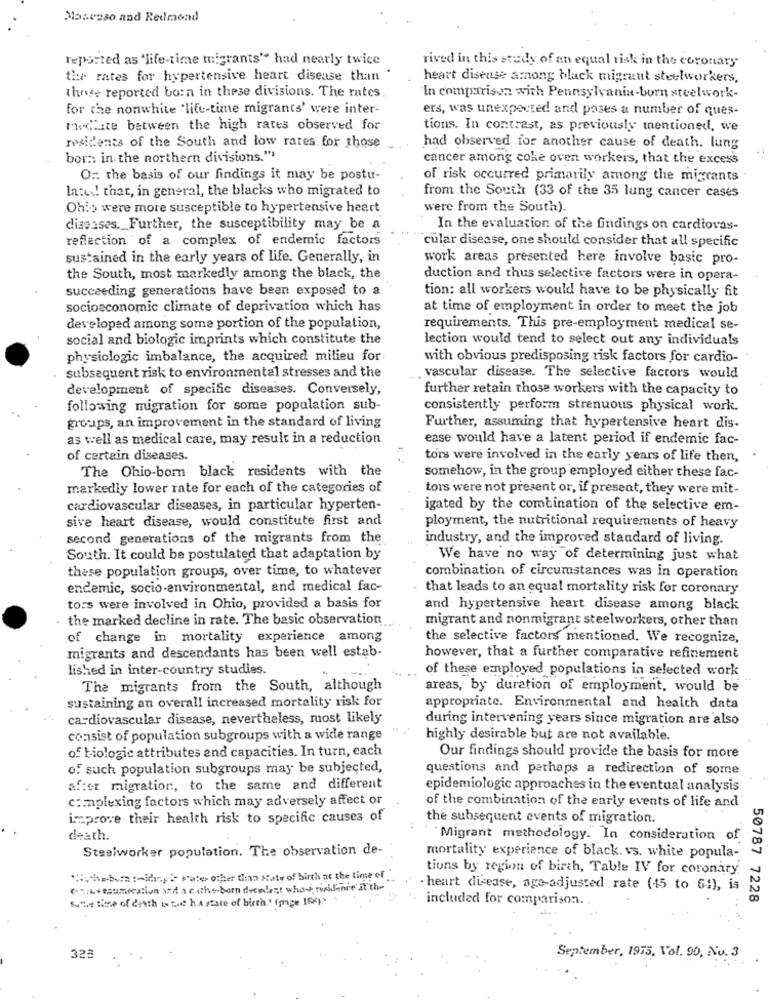
Masesso and Redmond
reported as 'life-time migrants" had nearly twice
rived in this study of an equal risk in the coronary
tir rates for hypertensive heart disease than
heart disease among black migraut steelworkers,
the reported born in these divisions. The rates
In comparison with Pennsylvania-born steelwork-
for the nonwhite "life-time migrants' were inter-
ers, was unexpected and poses a number of ques-
Medlate between the high rates observed for
tions. In contrast, as previously mentioned, we
residents of the South and low rates for those
had observed for another cause of death. lung
born in the northern divisions."
cancer among coke oven workers, that the excess
On the basis of our findings it may be postu-
of risk occurred primarily among the migrants
later! that, in general, the blacks who migrated to
from the South (33 of the 35 lung cancer cases
Ohio were more susceptible to hypertensive heart
were from the South).
diseases. Further, the susceptibility may be a
In the evaluation of the findings on cardiovas-
reflection of a complex of endemic factors
cular disease, one should consider that all specific
sustained in the early years of life. Generally, in
work areas presented here involve basic pro-
the South, most markedly among the black, the
duction and thus selective factors were in opera-
succeeding generations have been exposed to a
tion: all workers would have to be physically fit
socioeconomic climate of deprivation which has
at time of employment in order to meet the job
developed among some portion of the population,
requirements. This pre-employment medical se-
social and biologic imprints which constitute the
lection would tend to select out any individuals
physiologic imbalance, the acquired milieu for
with obvious predisposing risk factors for cardio-
subsequent risk to environmental stresses and the
vascular disease. The selective factors would
development of specific diseases. Conversely,
further retain those workers with the capacity to
following migration for some population sub-
consistently perform strenuous physical work.
groups, an improvement in the standard of living
Further, assuming that hypertensive heart dis-
as well as medical care, may result in a reduction
ease would have a latent period if endemic fac-
of certain diseases.
tors were involved in the early years of life then,
The Ohio-born black residents with the
somehow, in the group employed either these fac-
markedly lower rate for each of the categories of
tors were not present or, if present, they were mit-
cardiovascular diseases, in particular hyperten-
igated by the combination of the selective em-
sive heart disease, would constitute first and
ployment, the nutritional requirements of heavy
second generations of the migrants from the
industry, and the improved standard of living.
South. It could be postulated that adaptation by
We have no way of determining just what
these population groups, over time, to whatever
combination of circumstances was in operation
endemic, socio-environmental, and medical fac-
that leads to an equal mortality risk for coronary
to:s were involved in Ohio, provided a basis for
and hypertensive heart disease among black
. the marked decline in rate. The basic observation
migrant and nonmigrant steelworkers, other than
of change in mortality experience among
the selective factors mentioned. We recognize,
migrants and descendants has been well estab-
however, that a further comparative refinement
lished in inter-country studies.
of these employed populations in selected work
The migrants from the South, although
areas, by duration of employment, would be
sustaining an overall increased mortality risk for
appropriate. Environmental and health data
cardiovascular disease, nevertheless, most likely
during intervening years since migration are also
consist of population subgroups with a wide range
highly desirable but are not available.
of biologic attributes and capacities. In turn, cach
Our findings should provide the basis for more
of such population subgroups may be subjected,
questions and perhaps a redirection of some
af:er migration, to the same and different
epidemiologic approaches in the eventual analysis
c:maplexing factors which may adversely affect or
of the combination of the early events of life and
improve their health risk to specific causes of
the subsequent events of migration.
death.
Migrant methodology. In consideration of
Steelworker population. The observation de-
mortality experience of black. vs. white popula-
tions by region of birth, Table IV for coronary
Suite-ben :- idhans 2 wate other tlina Kute of birth at the time of
heart disease, age-adjusted rate (15 to 61), is
sus time of death is que ha rate of birth"(pape Es)
included for comparison ..
50787 7228
323
September, 1975, Vol. 90, No. 3